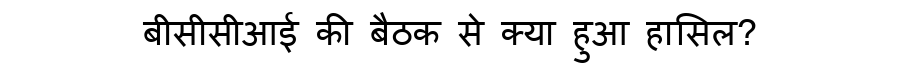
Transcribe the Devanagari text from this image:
बीसीसीआई की बैठक से क्या हुआ हासिल?